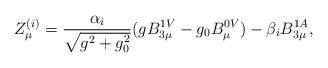
LaTeX: \begin{align*}Z^{(i)}_{\mu} = \frac{\alpha_{i}}{\sqrt{g^{2}+g^{2}_{0}}}(gB^{1V}_{3\mu} - g_{0}B^{0V}_{\mu}) - \beta_{i} B^{1A}_{3\mu},\end{align*}